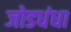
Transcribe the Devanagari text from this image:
जोडधंधा